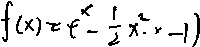
f ( x ) = t ^ { x } - \frac { 1 } { 2 } x ^ { 2 } \cdot x - 1 )